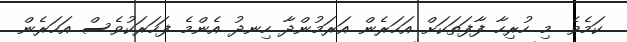
ކަމެވެ. މި ހުރިހާ ފާފަތަކަށް އަހަރެން އަރަމުންދާ ހިނދު އެންމެ ފަހަރަކުވެސް އަހަރެން